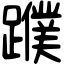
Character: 𨆯